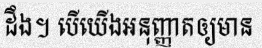
ដឹង។ បើយើងអនុញ្ញាតឲ្យមាន